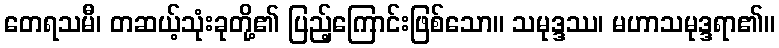
တေရသမီ၊ တဆယ့်သုံးခုတို့၏ ပြည့်ကြောင်းဖြစ်သော။ သမုဒ္ဒဿ၊ မဟာသမုဒ္ဒရာ၏။